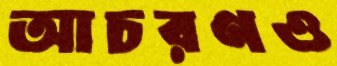
আচরণও